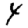
Digit: 4